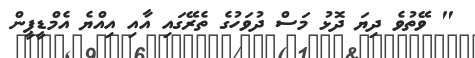
" ވޭތުވެ ދިޔަ ދޮޅު މަސް ދުވަހުގެ ތެރޭގައި އާއި އިއްޔެ އެމްޑީޕީން